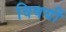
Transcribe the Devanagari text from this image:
विषयोंं